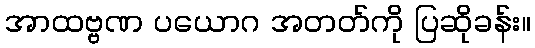
အာထဗ္ဗဏ ပယောဂ အတတ်ကို ပြဆိုခန်း။